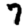
Digit: 7